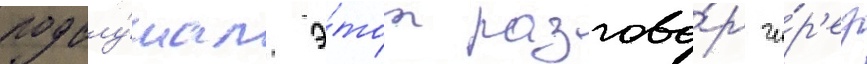
подслу́шал э́тот разгово́р че́р'ез